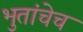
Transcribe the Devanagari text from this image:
भुतांचेच